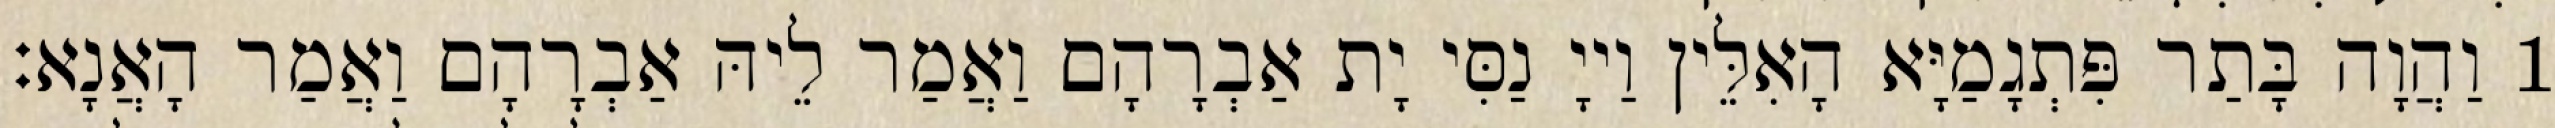
1 וַהֲוָה בָּתַר פִּתְגָמַיָּא הָאִלֵּין וַייָ נַסִּי יָת אַבְרָהָם וַאֲמַר לֵיהּ אַבְרָהָם וַאֲמַר הָאֲנָא׃